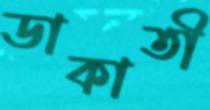
ডাকাতী